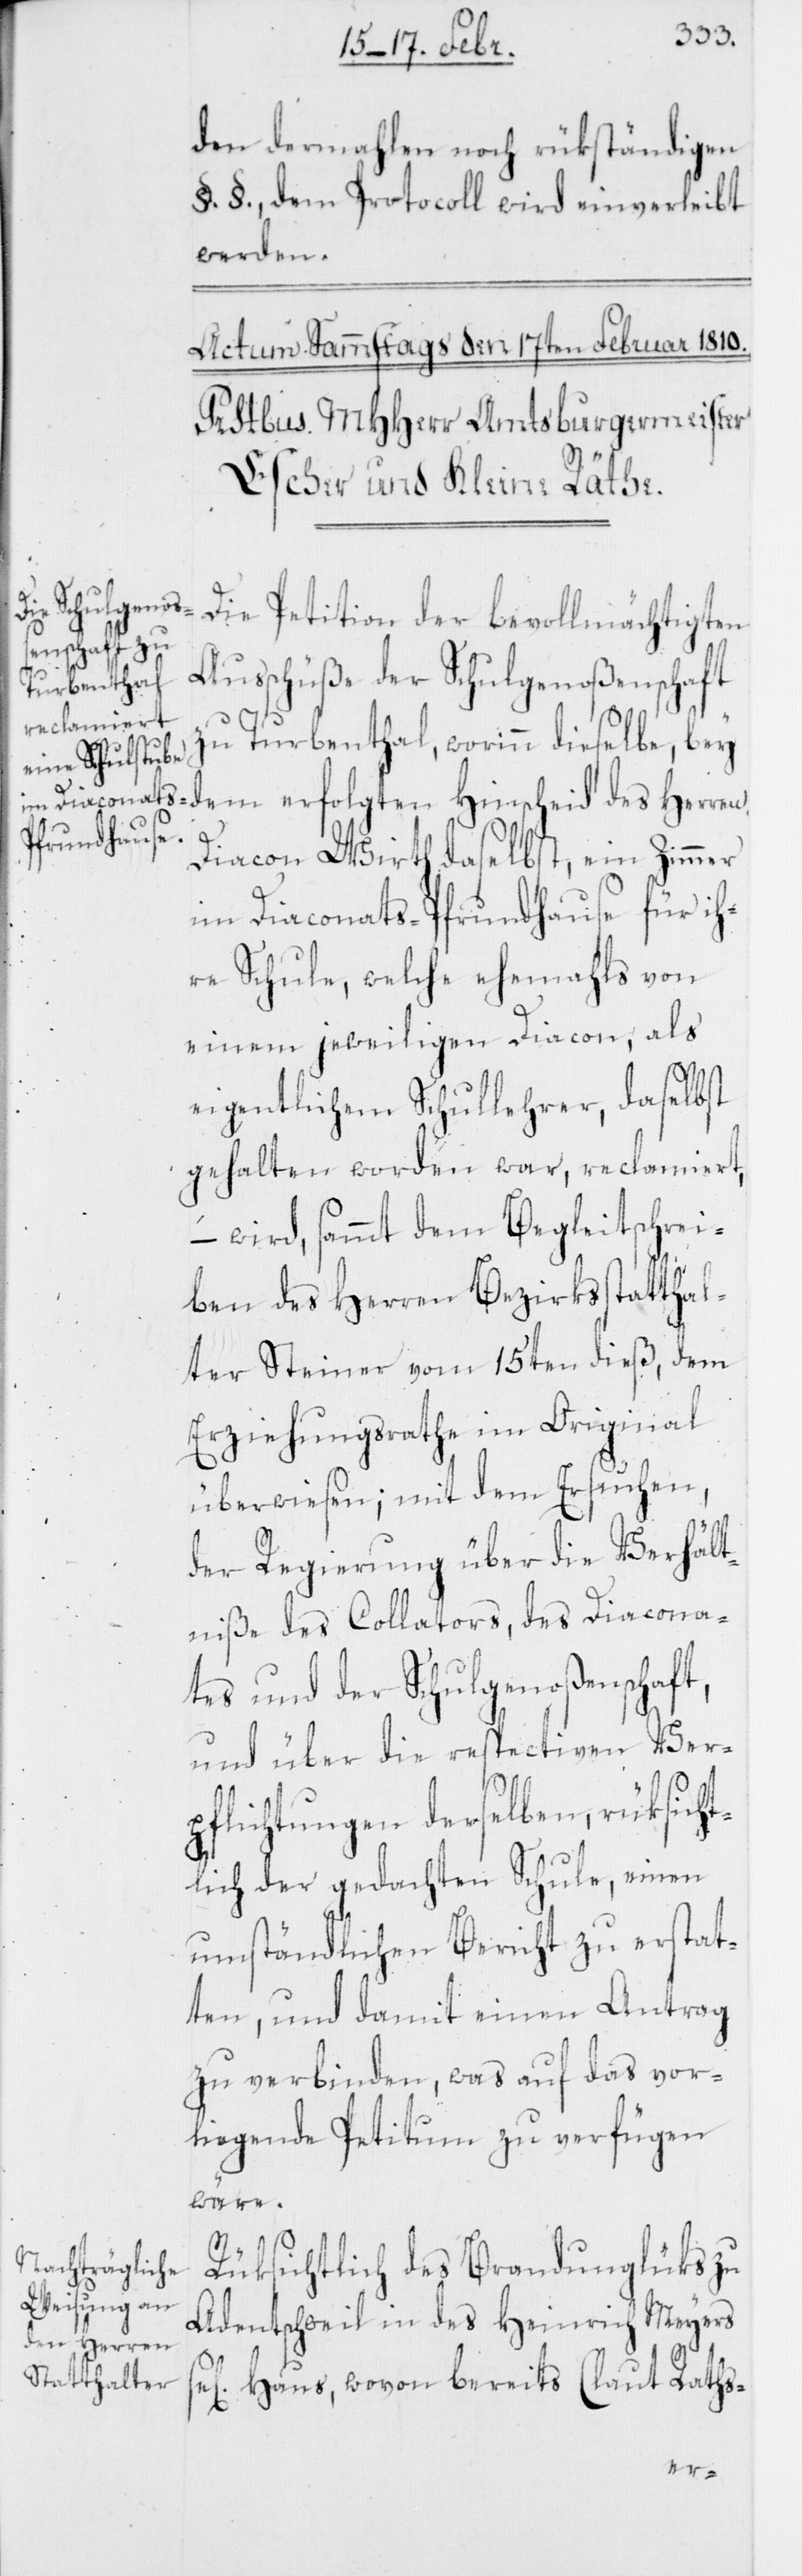
den dermahlen noch rükständigen
§. §., dem Protocoll wird einverleibt
werden.
Die Petition der bevollmächtigten
Ausschüße der Schulgenoßenschaft
zu Turbenthal, worinn dieselbe, bey
dem erfolgten Hinscheid des Herren
Diacon Wirth daselbst, ein Zimmer
im Diaconats-Pfrundhause für ih¬
re Schule, welche ehemahls von
einem jeweiligen Diacon, als
eigentlichem Schullehrer, daselbst
gehalten worden war, reclamiert,
– wird, sammt dem Begleitschrei¬
ben des Herren Bezirksstatthal¬
ter Steiner vom 15ten dieß, dem
Erziehungsrathe im Original
überwiesen; mit dem Ersuchen,
der Regierung über die Verhält¬
niße des Collators, des Diacona¬
tes und der Schulgenoßenschaft,
und über die respectiven Ver¬
pflichtungen derselben, rüksicht¬
lich der gedachten Schule, einen
umständlichen Bericht zu erstat¬
ten, und damit einen Antrag
zu verbinden, was auf das vor¬
liegende Petitum zu verfügen
wäre.
Rüksichtlich des Brandunglüks zu
Adentschweil in des Heinrich Meyers
Haus, wovon bereits (laut Raths-